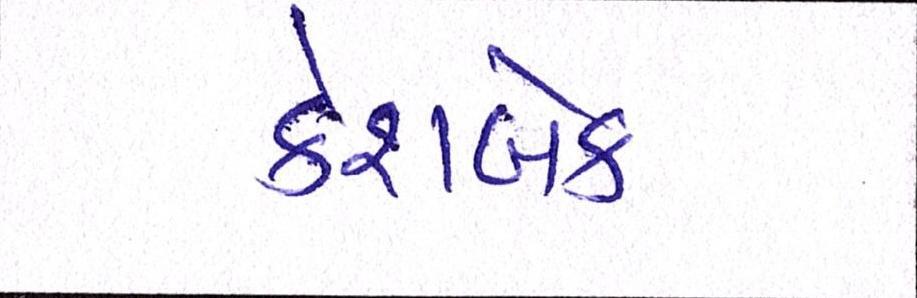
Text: કેશબેક